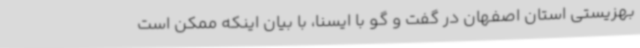
بهزیستی استان اصفهان در گفت و گو با ایسنا، با بیان اینکه ممکن است